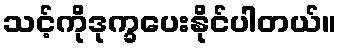
သင့်ကိုဒုက္ခပေးနိုင်ပါတယ်။